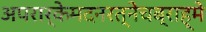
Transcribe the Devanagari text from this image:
अपरार्केमदनरत्नेचब्राह्मे